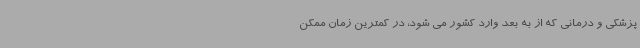
پزشکی و درمانی که از به بعد وارد کشور می شود، در کمترین زمان ممکن